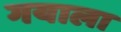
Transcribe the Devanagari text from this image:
गयाला